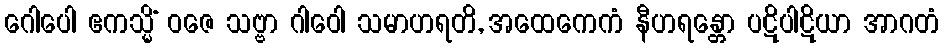
ဂေါပေါ ဧကသ္မိံ ဝဇေ သဗ္ဗာ ဂါဝေါ သမာဟရတိ, အထေကေကံ နီဟရန္တော ပဋိပါဋိယာ အာဂတံ